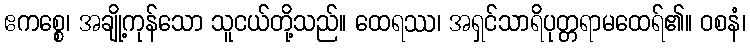
ဧကစ္စေ၊ အချို့ကုန်သော သူငယ်တို့သည်။ ထေရဿ၊ အရှင်သာရိပုတ္တရာမထေရ်၏။ ဝစနံ၊